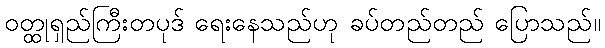
ဝတ္ထုရှည်ကြီးတပုဒ် ရေးနေသည်ဟု ခပ်တည်တည် ပြောသည်။